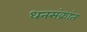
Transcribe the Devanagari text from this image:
धनसंक्रांत